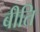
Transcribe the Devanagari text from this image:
बीति